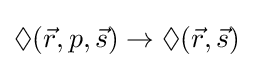
\Diamond ({\vec {r}},p,{\vec {s}})\rightarrow \Diamond ({\vec {r}},{\vec {s}})